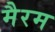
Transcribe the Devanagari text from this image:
मैरम